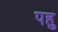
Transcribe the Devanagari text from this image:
पहु